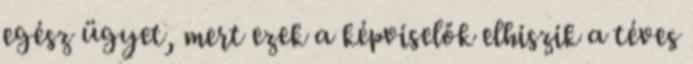
egész ügyet, mert ezek a képviselők elhiszik a téves